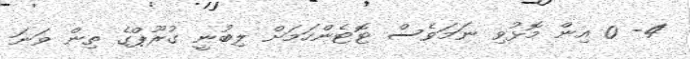
4- 0 އިން މޮޅުވި ނަމަވެސް ޓޮޓެންހަމަށް ލިބުނީ ގުރޫޕްގެ ތިން ވަނަ